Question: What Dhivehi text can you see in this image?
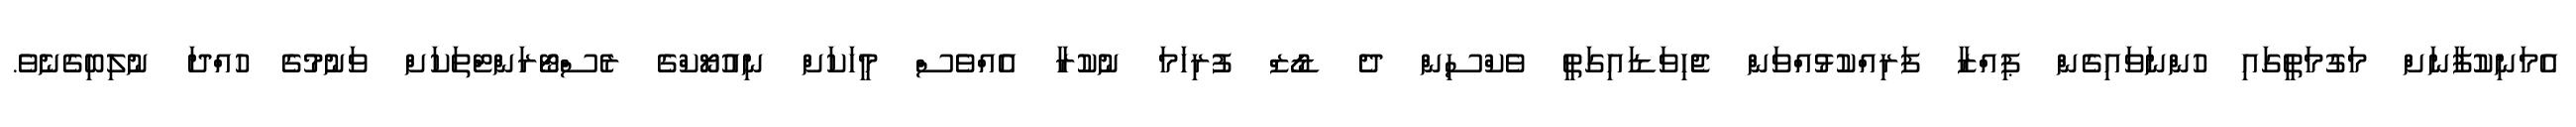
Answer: އެމަނިކުފާނަށް މަގުމަތީގައި ހުންނަވައިގެން ޕިއްޒާ ފަރިއްކުޅުއްވަން ޖެހިވަޑައިގަތީ ވެކްސިން ދެ ޑޯޒް ފުރިހަމަ ނުކުރާ އެއްވެސް މީހަކަށް ނިއުޔޯކްގެ ރެސްޓޯރަންޓްތަކަށް ވަނުމުގެ ހުއްދަ ނުލިބިގެނެވެ.